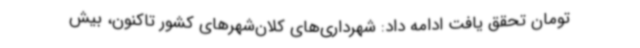
تومان تحقق یافت ادامه داد: شهرداری‌های کلان‌شهرهای کشور تاکنون، بیش